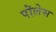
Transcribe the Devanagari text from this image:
पॊलेस